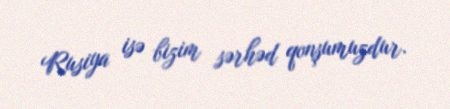
Rusiya isə bizim sərhəd qonşumuzdur.